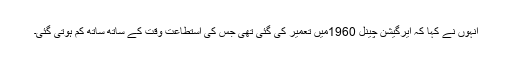
انہوں نے کہا کہ ایرگیشن چینل 1960میں تعمیر کی گئی تھی جس کی استطاعت وقت کے ساتھ ساتھ کم ہوتی گئی۔